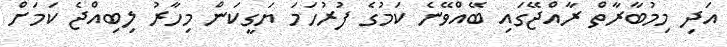
އަދި މިމުބާރާތް ރާއްޖޭގައި ބޭއްވޭނެ ކަމުގެ ފުރުހަމަ ޔަގީކަން މިހާރު ލިބިއްޖެ ކަމަށް